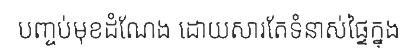
បញ្ចប់មុខដំណែង ដោយសារតែទំនាស់ផ្ទៃក្នុង